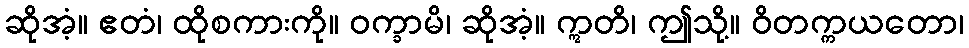
ဆိုအံ့။ ဧတံ၊ ထိုစကားကို။ ဝက္ခာမိ၊ ဆိုအံ့။ ဣတိ၊ ဤသို့။ ဝိတက္ကယတော၊